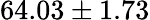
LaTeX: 64.03\pm 1.73